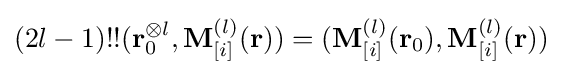
(2l-1)!!(\mathbf {r} _{0}^{\otimes l},\mathbf {M} _{[i]}^{(l)}(\mathbf {r} ))=(\mathbf {M} _{[i]}^{(l)}(\mathbf {r} _{0}),\mathbf {M} _{[i]}^{(l)}(\mathbf {r} ))